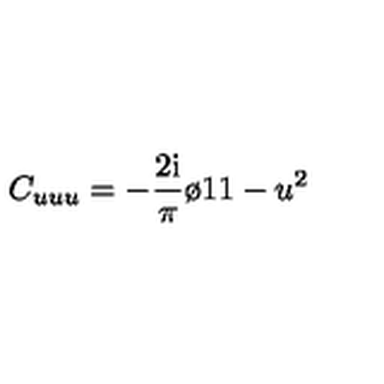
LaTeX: C _ { u u u } = - { \frac { 2 \mathrm { i } } { \pi } } { \o { 1 } { 1 - u ^ { 2 } } }